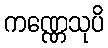
ကဏ္ဏေသုပိ